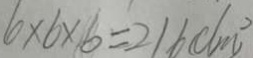
6 \times 6 \times 1 6 = 2 1 6 ( d m ^ { 2 } )